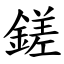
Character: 鎈